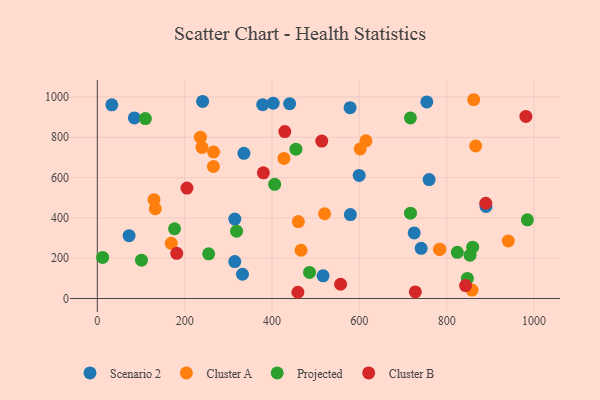
{"axis": {"x": "Ad Spend", "y": "Yield"}, "legend": ["Cluster A", "Cluster B", "Projected", "Scenario 2"], "data": [{"x": "599.7", "y": 610.6, "type": "Scenario 2"}, {"x": "759.8", "y": 590.2, "type": "Scenario 2"}, {"x": "314.8", "y": 183.5, "type": "Scenario 2"}, {"x": "725.6", "y": 325.7, "type": "Scenario 2"}, {"x": "378.7", "y": 961.9, "type": "Scenario 2"}, {"x": "335.7", "y": 720.4, "type": "Scenario 2"}, {"x": "33.2", "y": 961.3, "type": "Scenario 2"}, {"x": "579.5", "y": 416.6, "type": "Scenario 2"}, {"x": "517.0", "y": 112.6, "type": "Scenario 2"}, {"x": "332.4", "y": 120.5, "type": "Scenario 2"}, {"x": "72.8", "y": 311.9, "type": "Scenario 2"}, {"x": "84.9", "y": 896.1, "type": "Scenario 2"}, {"x": "440.4", "y": 966.9, "type": "Scenario 2"}, {"x": "890.0", "y": 457.0, "type": "Scenario 2"}, {"x": "241.2", "y": 977.8, "type": "Scenario 2"}, {"x": "578.8", "y": 947.2, "type": "Scenario 2"}, {"x": "741.6", "y": 248.9, "type": "Scenario 2"}, {"x": "402.7", "y": 969.3, "type": "Scenario 2"}, {"x": "754.5", "y": 975.7, "type": "Scenario 2"}, {"x": "314.9", "y": 394.3, "type": "Scenario 2"}, {"x": "132.8", "y": 445.4, "type": "Cluster A"}, {"x": "169.3", "y": 274.1, "type": "Cluster A"}, {"x": "784.4", "y": 245.1, "type": "Cluster A"}, {"x": "460.3", "y": 381.7, "type": "Cluster A"}, {"x": "466.6", "y": 239.6, "type": "Cluster A"}, {"x": "520.5", "y": 420.7, "type": "Cluster A"}, {"x": "427.4", "y": 695.2, "type": "Cluster A"}, {"x": "265.9", "y": 655.0, "type": "Cluster A"}, {"x": "266.2", "y": 727.1, "type": "Cluster A"}, {"x": "129.8", "y": 490.3, "type": "Cluster A"}, {"x": "236.1", "y": 800.7, "type": "Cluster A"}, {"x": "783.5", "y": 243.2, "type": "Cluster A"}, {"x": "615.1", "y": 782.4, "type": "Cluster A"}, {"x": "941.0", "y": 285.4, "type": "Cluster A"}, {"x": "866.4", "y": 756.7, "type": "Cluster A"}, {"x": "239.7", "y": 749.8, "type": "Cluster A"}, {"x": "602.1", "y": 742.3, "type": "Cluster A"}, {"x": "858.1", "y": 41.7, "type": "Cluster A"}, {"x": "861.9", "y": 986.4, "type": "Cluster A"}, {"x": "824.4", "y": 229.3, "type": "Projected"}, {"x": "406.2", "y": 566.4, "type": "Projected"}, {"x": "853.5", "y": 215.0, "type": "Projected"}, {"x": "101.2", "y": 190.4, "type": "Projected"}, {"x": "984.8", "y": 390.5, "type": "Projected"}, {"x": "255.0", "y": 221.8, "type": "Projected"}, {"x": "110.1", "y": 892.7, "type": "Projected"}, {"x": "486.0", "y": 129.5, "type": "Projected"}, {"x": "454.8", "y": 741.2, "type": "Projected"}, {"x": "847.4", "y": 99.6, "type": "Projected"}, {"x": "318.9", "y": 334.4, "type": "Projected"}, {"x": "176.9", "y": 346.1, "type": "Projected"}, {"x": "717.0", "y": 895.9, "type": "Projected"}, {"x": "12.2", "y": 203.7, "type": "Projected"}, {"x": "717.2", "y": 423.4, "type": "Projected"}, {"x": "859.5", "y": 254.6, "type": "Projected"}, {"x": "843.3", "y": 64.2, "type": "Cluster B"}, {"x": "429.4", "y": 828.5, "type": "Cluster B"}, {"x": "181.9", "y": 224.4, "type": "Cluster B"}, {"x": "557.1", "y": 70.8, "type": "Cluster B"}, {"x": "205.3", "y": 548.0, "type": "Cluster B"}, {"x": "459.3", "y": 31.0, "type": "Cluster B"}, {"x": "981.4", "y": 903.6, "type": "Cluster B"}, {"x": "728.2", "y": 32.5, "type": "Cluster B"}, {"x": "514.0", "y": 781.0, "type": "Cluster B"}, {"x": "380.3", "y": 623.7, "type": "Cluster B"}, {"x": "889.5", "y": 472.8, "type": "Cluster B"}]}